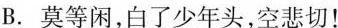
B.莫等闲，白了少年头，空悲切！